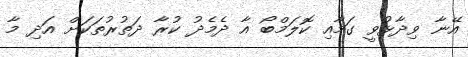
އޭނާ ވިދާޅުވީ ގަމާއި ކޮލަމްބޯ އާ ދެމެދު ކުރާ ދަތުރުތަކަށް އަދި މާ